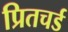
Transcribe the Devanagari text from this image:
प्रितचर्ड